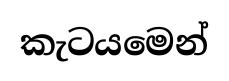
කැටයමෙන්